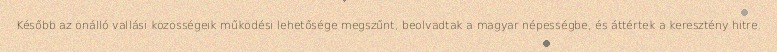
Később az önálló vallási közösségeik működési lehetősége megszűnt, beolvadtak a magyar népességbe, és áttértek a keresztény hitre.